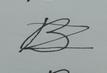
Signature authenticity: forged